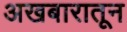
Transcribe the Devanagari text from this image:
अखबारातून